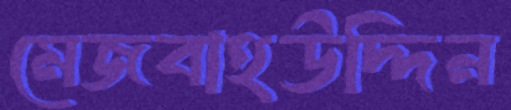
মেজবাহউদ্দিন